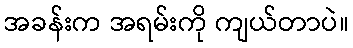
အခန်းက အရမ်းကို ကျယ်တာပဲ။